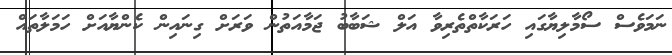
ނަމަވެސް ސޯމާލިޔާގައި ހަރަކާތްތެރިވާ އަލް ޝަބާބު ޖަމާއަތުން ވަރަށް ގިނައިން ކެންޔާއަށް ހަމަލާތައް